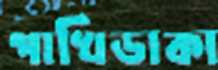
পাখিডাকা